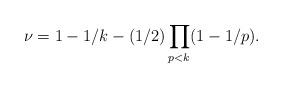
LaTeX: \begin{align*}\nu=1-1/k-(1/2)\prod_{p<k}(1-1/p).\end{align*}